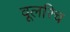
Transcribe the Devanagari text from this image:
वूलरिच